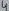
Text: 4